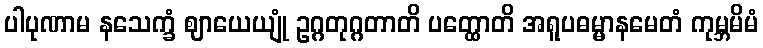
ပါပုဏာမ နသေက္ခံ ဈာယေယျုံ ဥဂ္ဂတုဂ္ဂတာတိ ပတ္ထောတိ အရူပဓမ္မာနမေတံ ကုမ္ဘမိမံ